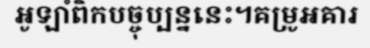
អូឡាំពិកបច្ចុប្បន្ននេះ។គម្រូអគារ